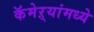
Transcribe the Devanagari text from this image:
कॅमेऱ्यांमध्ये